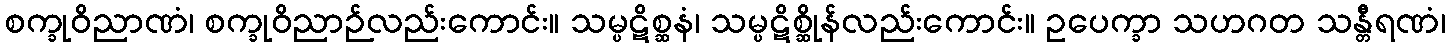
စက္ခုဝိညာဏံ၊ စက္ခုဝိညာဉ်လည်းကောင်း။ သမ္ပဋိစ္ဆနံ၊ သမ္ပဋိစ္ဆိုန်လည်းကောင်း။ ဥပေက္ခာ သဟဂတ သန္တီရဏံ၊